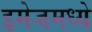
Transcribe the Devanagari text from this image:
इमेजमध्ये